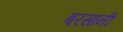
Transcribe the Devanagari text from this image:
बरसानी